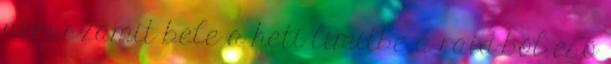
nem számít bele a heti limitbe a raid-ből eső